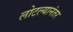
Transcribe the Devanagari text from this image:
लोटल्‍यानंतर